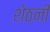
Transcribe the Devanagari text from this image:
शेठनी